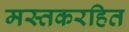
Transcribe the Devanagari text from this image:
मस्तकरहित